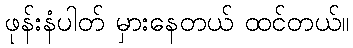
ဖုန်းနံပါတ် မှားနေတယ် ထင်တယ်။